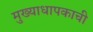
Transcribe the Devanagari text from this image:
मुख्याधापकाची